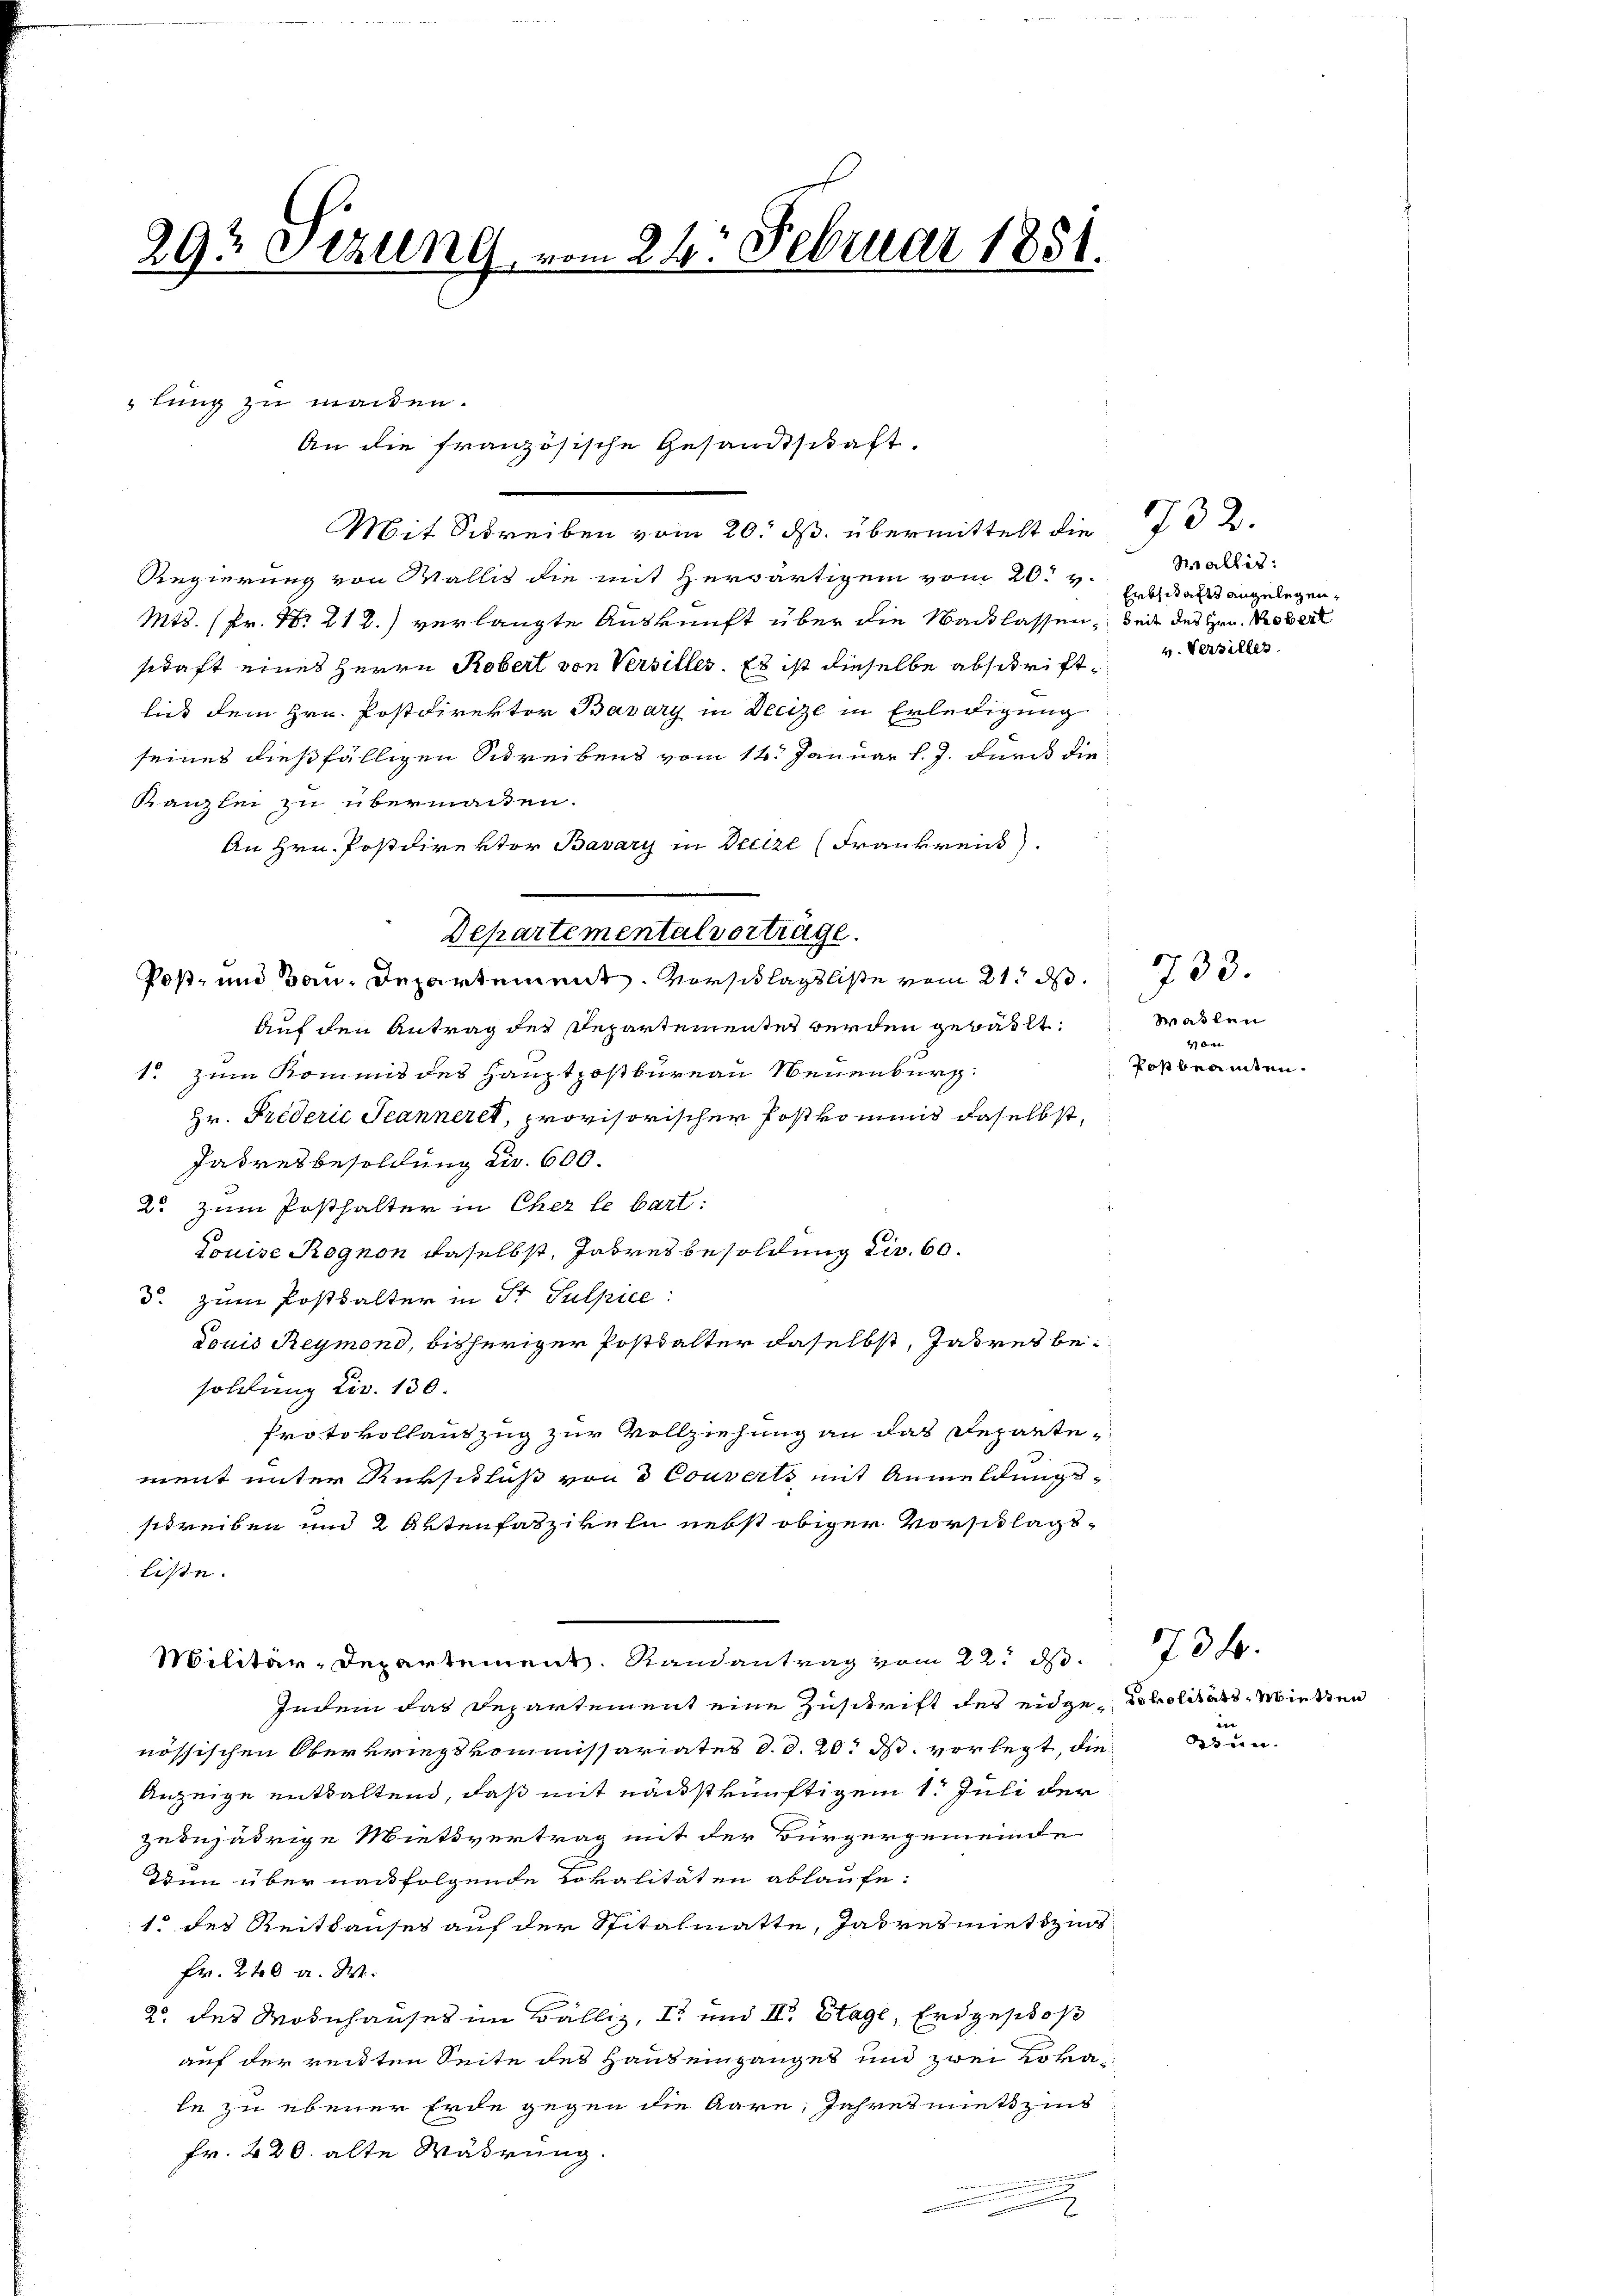
29t Setzung, vom 24. Februar 1851.

lung zu machen.
Mit Standen 20. ds. überwandten die
Regierung von Wallis die mit Herwärtigem vom 20. v.
Mts. (Pr. No 212.) verlangte Auskunft über die Nacklassen, bei des Hrn. Kobert
sidaft eines Herrn Robert von Versilles. Es ist dieselbe abschriftließ dem Hrn. Postdirektor Bavary in Decize in Erledigung
seines dießfälligen Schreibens vom 14. Januar l. J. durch die
Kanzlei zu übermachen.
An Hrn. Postdirektor Bavary in Beelze (Frankreic
Auf den Antrag des Departementes werden gewählt:
1. zum Kommit des Hauptpostbureau Neuenburg:
Hr. Friderić Jeanneret, provisorischer Postkommnis daselbst,
Jahresbesoldung ca 600.
2. zum Posthalter in Eher le bart:
Louise Rognon daselbst, Jahresbesoldung dir. 60.
d. zum Postkalter in Sr. Sulpice:
douis Reymond, bisheriger Posthalter daselbst, Jahres besoldung Civ. 130.
Protokollauszug zur Vollziehung an das Departement unter Rückschluß von 3 Couverts mit Anmeldungs-
schreiben und 2 Artenfaszikeln nebst obiger Vorschlagsliste.
Militär-Departement. Randantrag vom 22. ds.
Indem das Departement eine Zuschrift des eidge-Lokalitäts-Wietten
nössischen Oberkriegskommissariates d. d. 20. ds. vorlegt, die
Anzeige enthaltend, daß mit nächstkünftigem 1. Juli der
zubejährige Mietsvertrag mit der Bürgergemeinde
Den über nachfolgende Lokalitäten ablaufe:
1. des Reithauses auf der Spitalmatte, Jahresmiethzios
Fr. 240 a. W.
2 des Mobehauses im Balliz, I. und IV. Etage, Erdgeschoß
auf der reidten Seite des Haus einganges und zwei Lokale zu ebener Erde gegen die Aare, Jahresmiethzins
Fr. 420. alte Währung.
u

Departemental vorträge.
Post- und Bau, Departement. Vorschlagsliste vom 21. ds.

An die französische Gesandtschaft.

732.
Wallis:
Enbsität angelegen,

v. Versiller

733.
Maslen
1
Posbeamten.

den |

734.

un